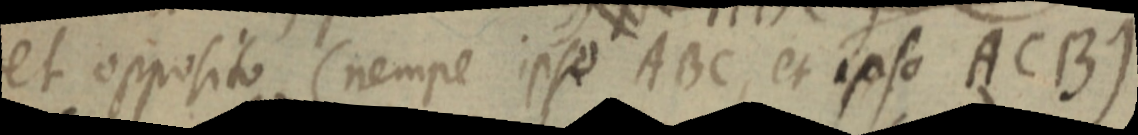
et opposito (nempe ipso ABC, et ipso ACB)